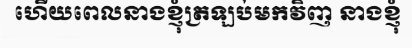
ហើយពេលនាងខ្ញុំត្រឡប់មកវិញ នាងខ្ញុំ